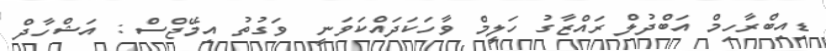
ޑިއިބްރާހިމް އަބްދުލް ރައްޒާގު ހަލީމް ވާހަކަދައްކަވަނީ  ވަގުތު އިމޭޖްސް : އަޝްހާދް